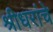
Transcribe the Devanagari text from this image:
श्रीधरांचे